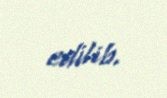
edilib.